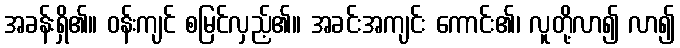
အခန်းရှိ၏။ ဝန်းကျင် စမြင်လှည့်၏။ အခင်းအကျင်း ကောင်း၏၊ လူတို့လာ၍ လာ၍